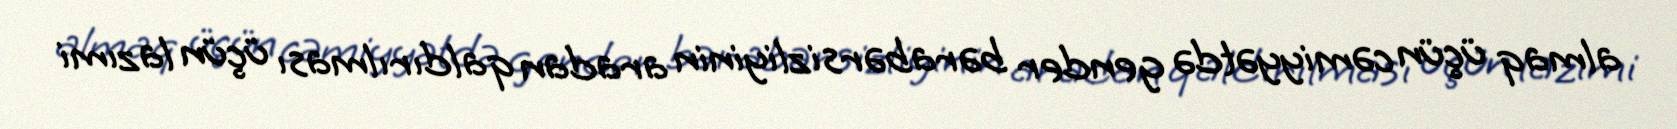
almaq üçün cəmiyyətdə gender bərabərsizliyinin aradan qaldırılması üçün lazımi